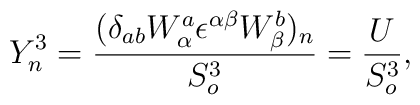
Y_n^3 = \frac{(\delta_{ab} W^a_{\alpha} {\epsilon}^{\alpha \beta}W^b_{\beta})_n }{S_o^3}=\frac{U}{S_o^3},